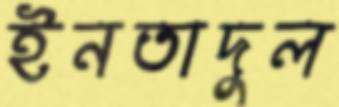
ইনতাদুল